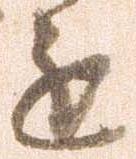
進